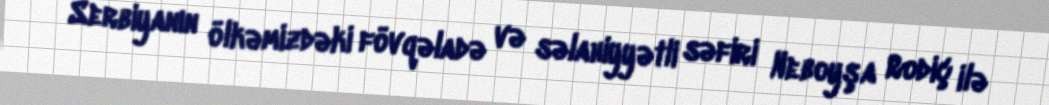
Serbiyanın ölkəmizdəki fövqəladə və səlahiyyətli səfiri Neboyşa Rodiç ilə